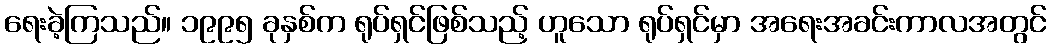
ရေးခဲ့ကြသည်။ ၁၉၉၅ ခုနှစ်က ရုပ်ရှင်ဖြစ်သည့် ဟူသော ရုပ်ရှင်မှာ အရေးအခင်းကာလအတွင်